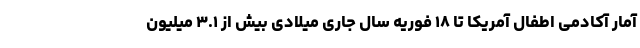
آمار آکادمی اطفال آمریکا تا ۱۸ فوریه سال جاری میلادی بیش از ۳.۱ میلیون